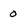
Character: o